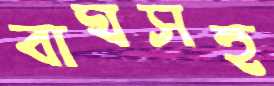
বাঘসহ